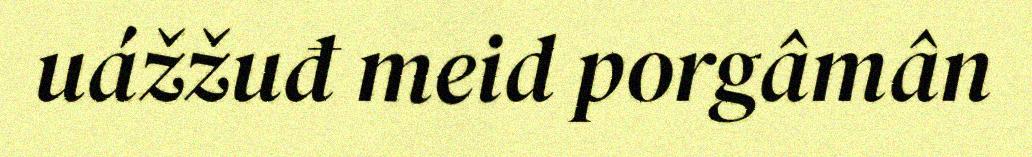
uážžuđ meid porgâmân